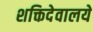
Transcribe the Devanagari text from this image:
शक्तिदेवालये